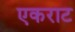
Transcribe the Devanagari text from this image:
एकराट